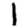
Digit: 1